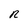
Character: n